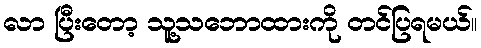
လာ ပြီးတော့ သူ့သဘောထားကို တင်ပြရမယ်။